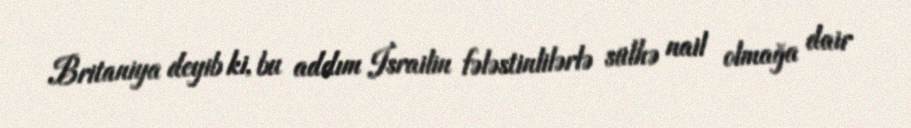
Britaniya deyib ki, bu addım İsrailin fələstinlilərlə sülhə nail olmağa dair